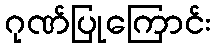
ဂုဏ်ပြုကြောင်း